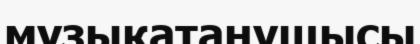
музыкатанушысы